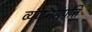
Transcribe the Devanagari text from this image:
व्यंजनसंपत्ति